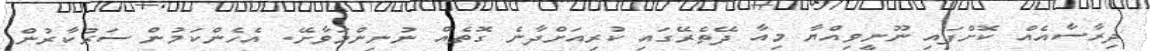
ދިރާސާއެއް ކޮށްފައި ނޫނީވިއްޔާ މިއާ ދޭތެރޭގައި ކުރިއަށްދާނެ ގޮތެއް ނުނިންމަވާށޭ. އެހެންކަމުން ސަރުކާރުން